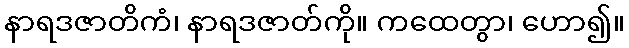
နာရဒဇာတိကံ၊ နာရဒဇာတ်ကို။ ကထေတွာ၊ ဟော၍။